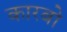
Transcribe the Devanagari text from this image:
कारबो